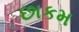
છાકમ